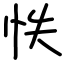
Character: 怢